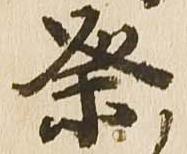
祭